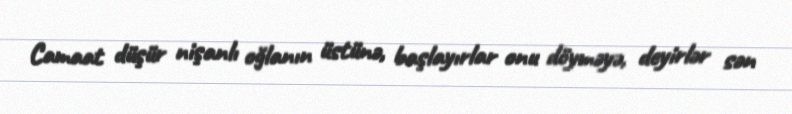
Camaat düşür nişanlı oğlanın üstünə, başlayırlar onu döyməyə, deyirlər sən